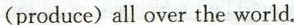
(produce) all over the world.